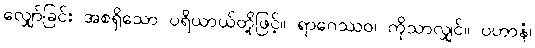
လျှော်ခြင်း အစရှိသော ပရိယာယ်တို့ဖြင့်။ ရာဂေဿဝ၊ ကိုသာလျှင်။ ပဟာနံ၊